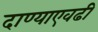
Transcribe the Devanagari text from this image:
दाण्याएवढी